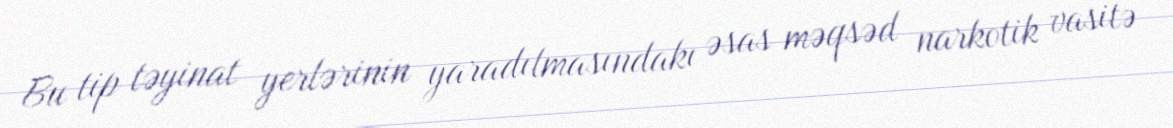
Bu tip təyinat yerlərinin yaradılmasındakı əsas məqsəd narkotik vasitə